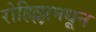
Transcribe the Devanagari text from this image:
रोहिल्लामधून